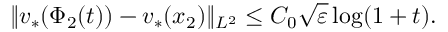
\| v _ { * } ( \Phi _ { 2 } ( t ) ) - v _ { * } ( x _ { 2 } ) \| _ { L ^ { 2 } } \leq C _ { 0 } \sqrt { \varepsilon } \log ( 1 + t ) .